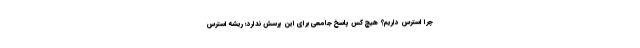
چرا استرس داریم؟ هیچ کس پاسخ جامعی برای این پرسش ندارد؛ ریشه استرس